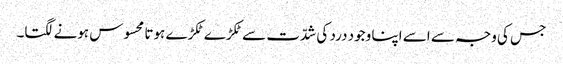
جس کی وجہ سے اسے اپنا وجود درد کی شدّت سے ٹکڑے ٹکڑے ہوتا محسوس ہونے لگتا۔